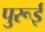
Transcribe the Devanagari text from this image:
पुरूई